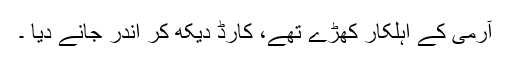
آرمی کے اہلکار کھڑے تھے، کارڈ دیکھ کر اندر جانے دیا ۔